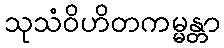
သုသံဝိဟိတကမ္မန္တာ